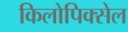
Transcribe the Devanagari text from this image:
किलोपिक्सेल